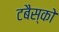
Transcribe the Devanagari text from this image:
टबैस्को